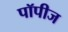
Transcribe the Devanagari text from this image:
पॉपीज